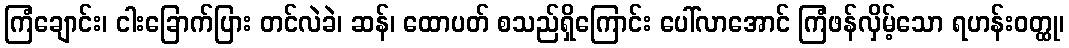
ကြံချောင်း၊ ငါးခြောက်ပြား တင်လဲခဲ၊ ဆန်၊ ထောပတ် စသည်ရှိကြောင်း ပေါ်လာအောင် ကြံဖန်လှိမ့်သော ရဟန်းဝတ္ထု၊